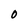
Character: 0